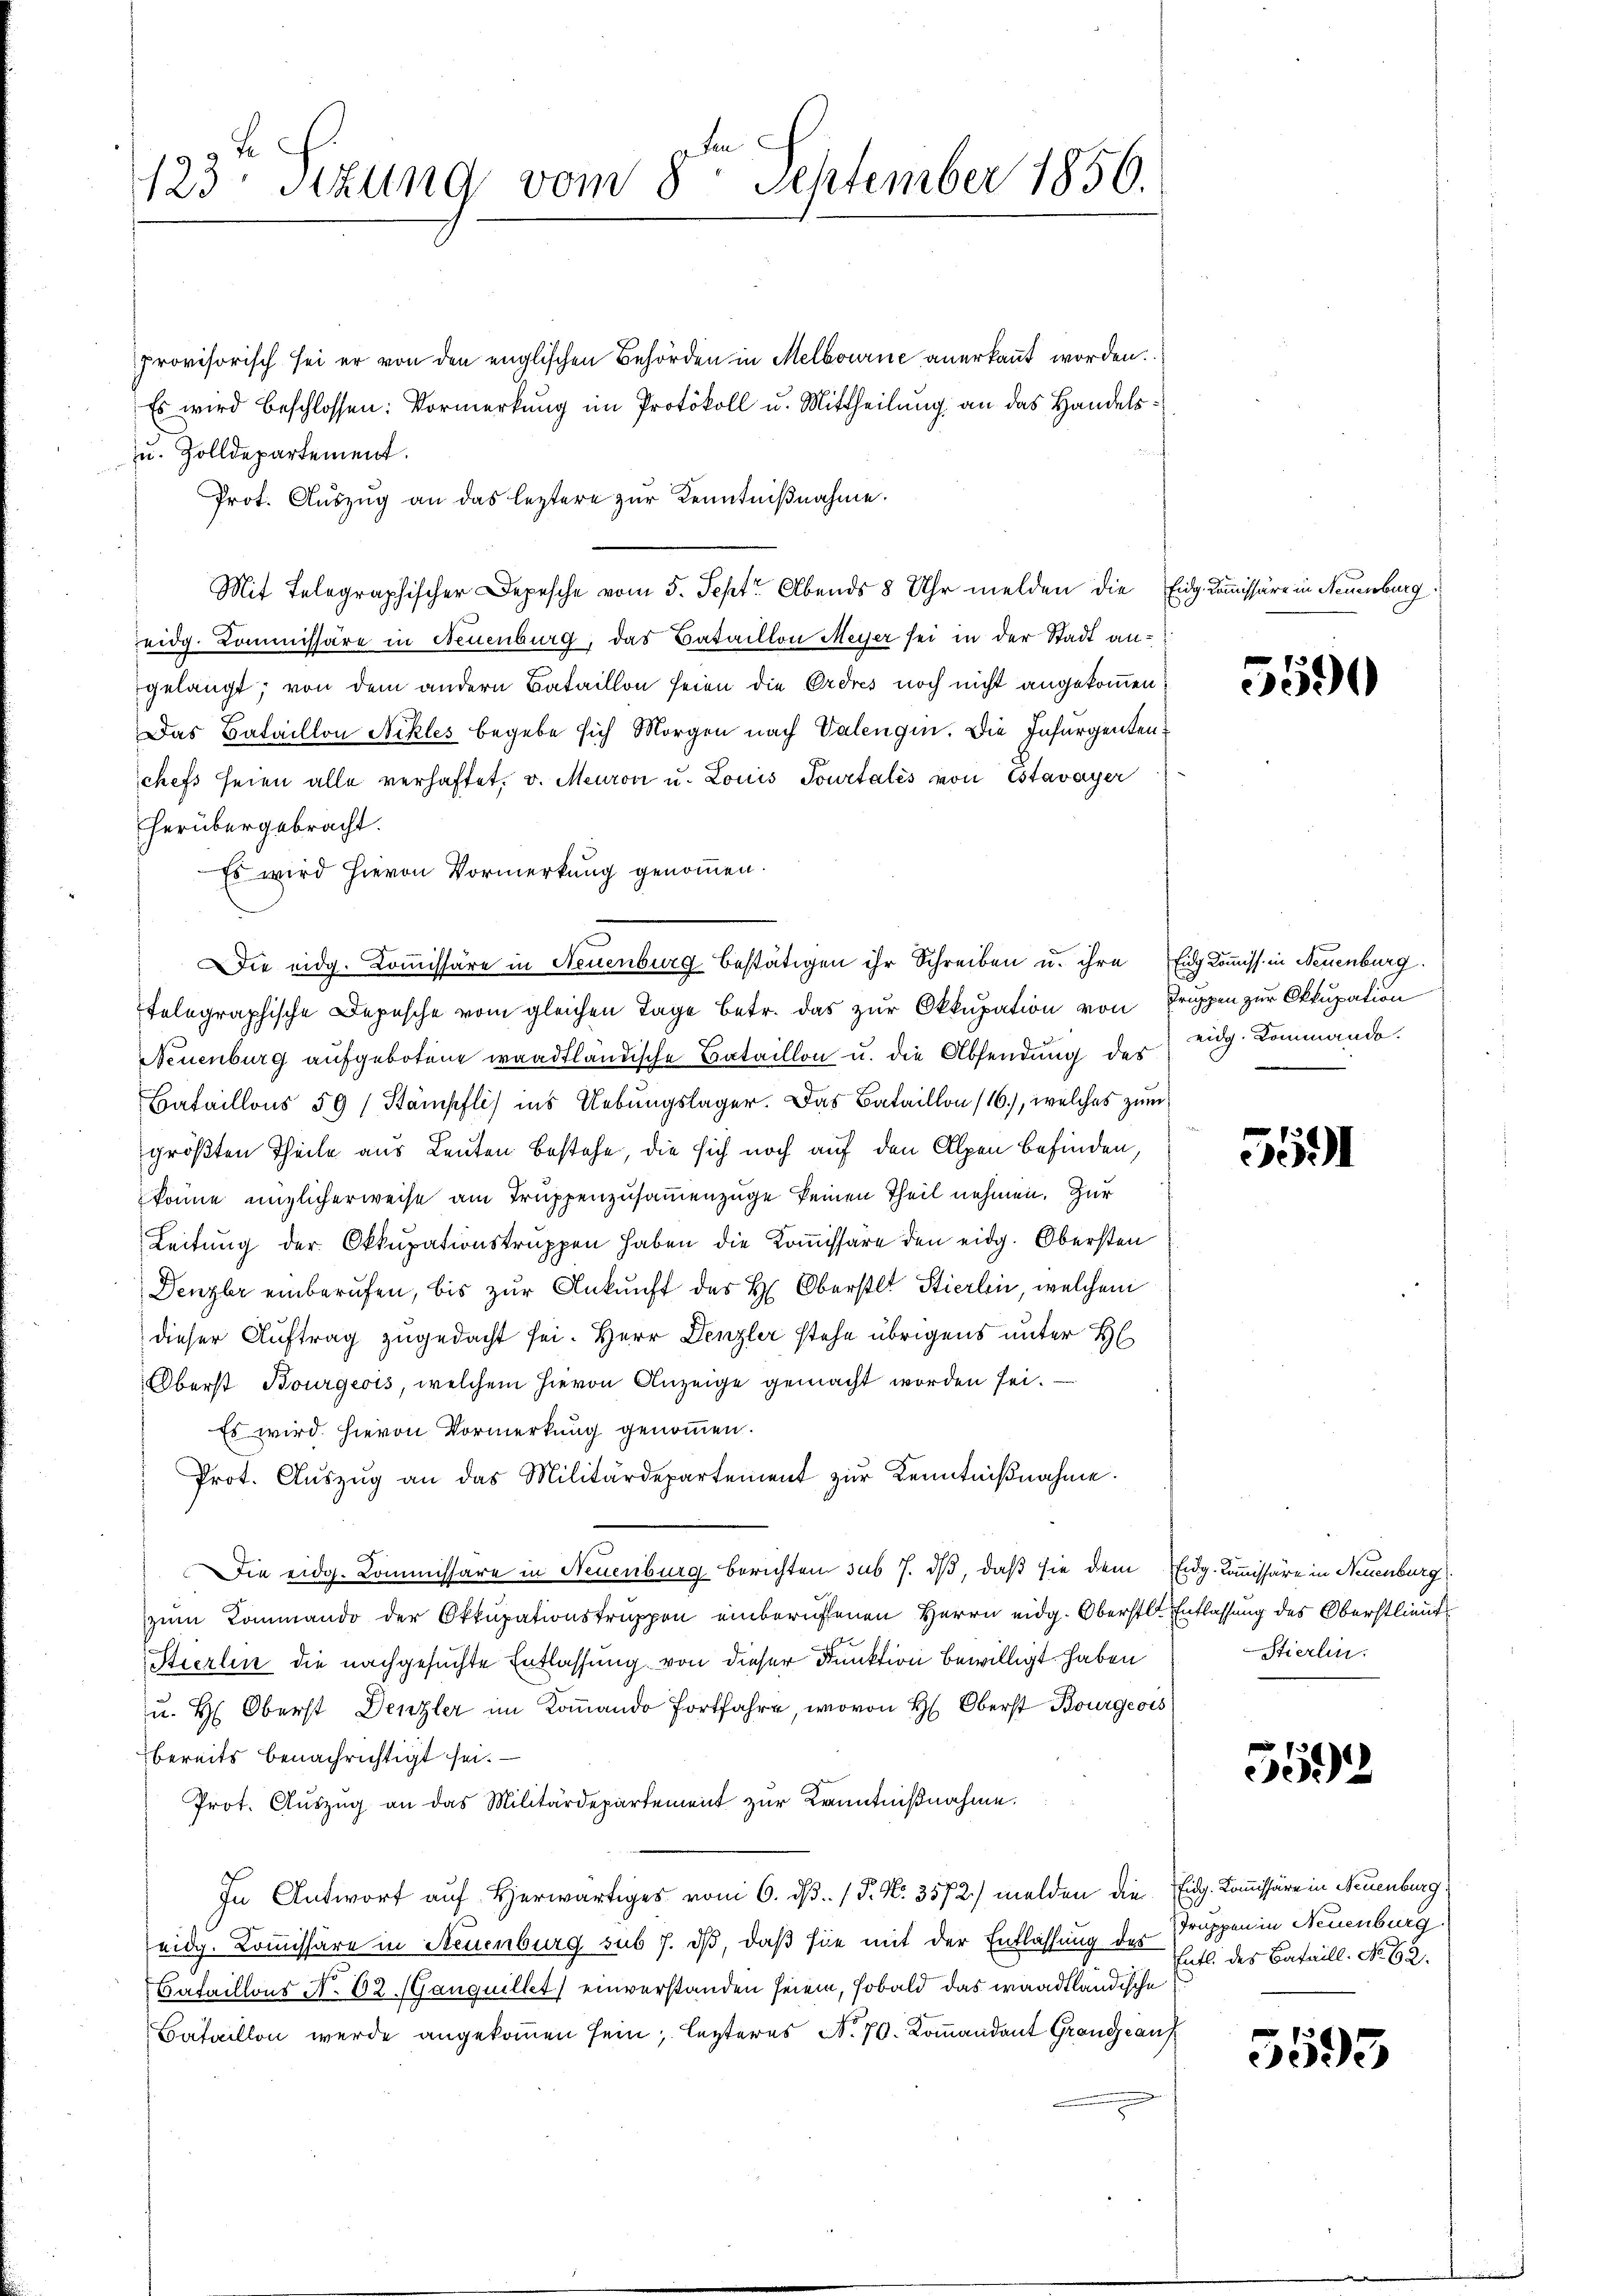
Fe
F
123 sizung vom 8. September 1856.

provisorisch sei er von den englischen Behörden in Melbourne anerkannt worden.
Es wird beschlossen: Vormerkung im Protokoll u. Mittheilung an das Handels¬
u. Zolldepartement.
Prot. Auszug an das leztere zur Kenntnißnahme.
Mit Telegraphischer Depesche vom 5. Sept. Abends 8 Uhr melden die Eidg. Commissäre in Neuenburg.
eidg. Kommissäre in Neuenburg, das Bataillon Meyer sei in der Stadt angelangt; von dem andern Bataillon seien die Erdres noch nicht angekommen
Das Bataillon Nekles begebe sich Morgen nach Valengin. Die Insurgentenchefs seien alle verhaftet, v. Meuron u. Louis Jourtales von Estavayer
herübergebracht.
Es wird hievon Vormerkung genommen.
Etelegraphische Depesche vom gleichen Tage betr. das zur Okkupation von Truppen zur Okkupation
Neuenburg aufgebotene waadtländische Bataillon u. die Absendung der Zug. Kommando.
Bataillons 59 (Stämpflis ins Uebungslager. Das Bataillon (16), welches zum
größten Theile aus Leuten Bestehe, die sich noch auf den Alpen befinden,
könne unglicherweise am Truppenzusammenzüge keinen Theil nehmen. Zur
Leitung der Okkupationstruppen haben die Koṁissäre den eidg. Obersten
Denzler einberufen, bis zŭr Ankunft des H. Oberstet Stierten, welchem
dieser Auftrag zugedacht sei. Herr Denzler stehe übrigens unter H
Oberst Bourgeois, welchem hievon Anzeige gemacht worden sei.
Es wird hievon Vormerkung genommen.
Prot. Aŭszŭg an das Militärdepartement zŭr Kenntniβnahme.
Die eidg. Commissäre in Neuenburg berichten sub 7. ds, daß sie dem Eidg. Kommissäre in Neuenburg)
zum Kommando der Okkupationstruppen einberuffenen Herrn eidg. Oberstl. Entlassung des Oberstlieut
Stierlin die nachgesuchte Entlassung von dieser Dunktion bewilligt haben
u. H. Oberst Denzler im Kommando fortfahr, wovon H: Oberst Bourgeois
bereits benachrichtigt sei.
Prot. Aŭszŭg an das Militärdepartement zur Kenntnißnahme.
In Antwort auf Herwärtiges vom 6. d. P. Nr. 3572) melden die Eidg. Kommissäre in Neuenburg.
eidg. Kommissäre in Neuenburg sub 7. ds, daß sie mit der Entlassung der Truppen in Neuenburg
Bataillons No. 82 (Ganquillet, einverstanden seien, sobald das waadtländische
Bataillon werde angekommen sein; lezteres No. 70. Kommandant Grange aus

Die eidg. Koṁissäre in Neuenburg bestätigen ihr Schreiben u. ihre Eidg Kommiss. in Neuenburg.

5590

5591

Stierlin.

552

Entl. des Bataill. No 62.

5593